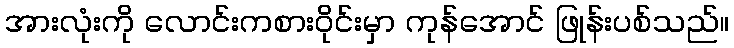
အားလုံးကို လောင်းကစားဝိုင်းမှာ ကုန်အောင် ဖြုန်းပစ်သည်။